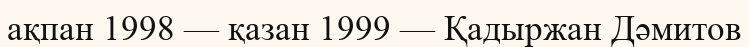
ақпан 1998 — қазан 1999 — Қадыржан Дәмитов